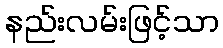
နည်းလမ်းဖြင့်သာ